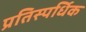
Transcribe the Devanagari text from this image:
प्रतिस्पर्धिक